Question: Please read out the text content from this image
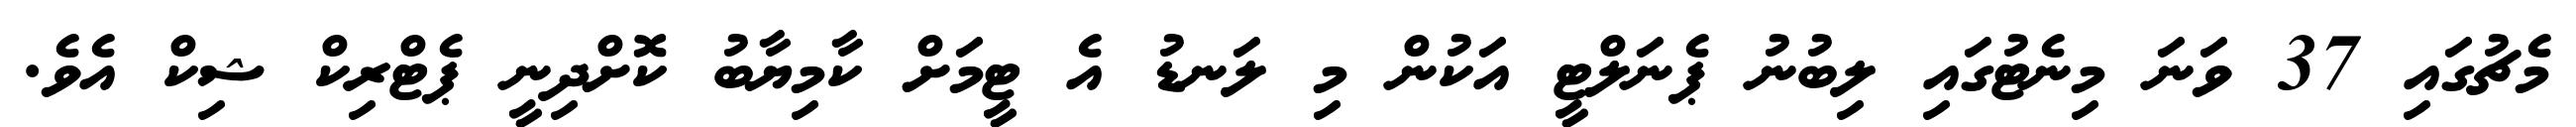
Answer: މެޗުގައި 37 ވަނަ މިނެޓުގައި ލިބުނު ޕެނަލްޓީ އަކުން މި ލަނޑު އެ ޓީމަށް ކާމިޔާބު ކޮށްދިނީ ޕެޓްރިކް ޝިކް އެވެ.